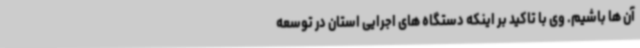
آن ها باشیم. وی با تاکید بر اینکه دستگاه های اجرایی استان در توسعه